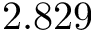
2 . 8 2 9